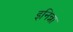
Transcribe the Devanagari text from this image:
इनिन्ना